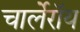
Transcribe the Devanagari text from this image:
चार्लेरॉय